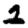
Digit: 1